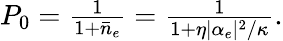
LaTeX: \begin{array}{r}{P_{0}=\frac{1}{1+\bar{n}_{e}}=\frac{1}{1+\eta|\alpha_{e}|^{2}/\kappa}.}\end{array}